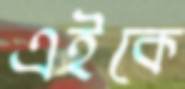
এইকে